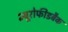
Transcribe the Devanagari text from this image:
न्यूरोफीडबैक